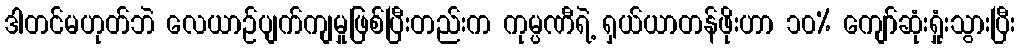
ဒါတင်မဟုတ်ဘဲ လေယာဉ်ပျက်ကျမှုဖြစ်ပြီးတည်းက ကုမ္ပဏီရဲ့ ရှယ်ယာတန်ဖိုးဟာ ၁၀% ကျော်ဆုံးရှုံးသွားပြီး